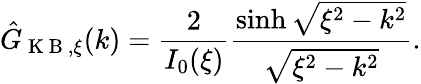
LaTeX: \hat{G}_{\mathrm{~K~B~},\xi}(k)=\frac{2}{I_{0}(\xi)}\frac{\sinh\sqrt{\xi^{2}-k^{2}}}{\sqrt{\xi^{2}-k^{2}}}.